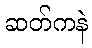
ဆတ်ကနဲ